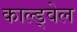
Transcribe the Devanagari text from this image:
काल्ड्वेल